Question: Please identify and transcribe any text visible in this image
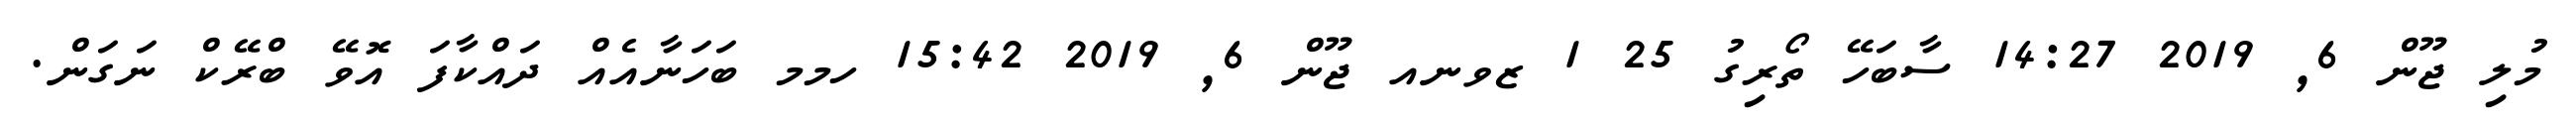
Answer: މުލި ޖޫން 6, 2019 14:27 ސާބަހޭ ތޯރިގު 25 1 ޒވނއ ޖޫން 6, 2019 15:42 ހމމ ބަހަނާއެއް ދައްކާފަ އޮވޭ ބްރޭކް ނަގަން.